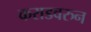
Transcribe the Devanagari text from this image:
कराडवरुन